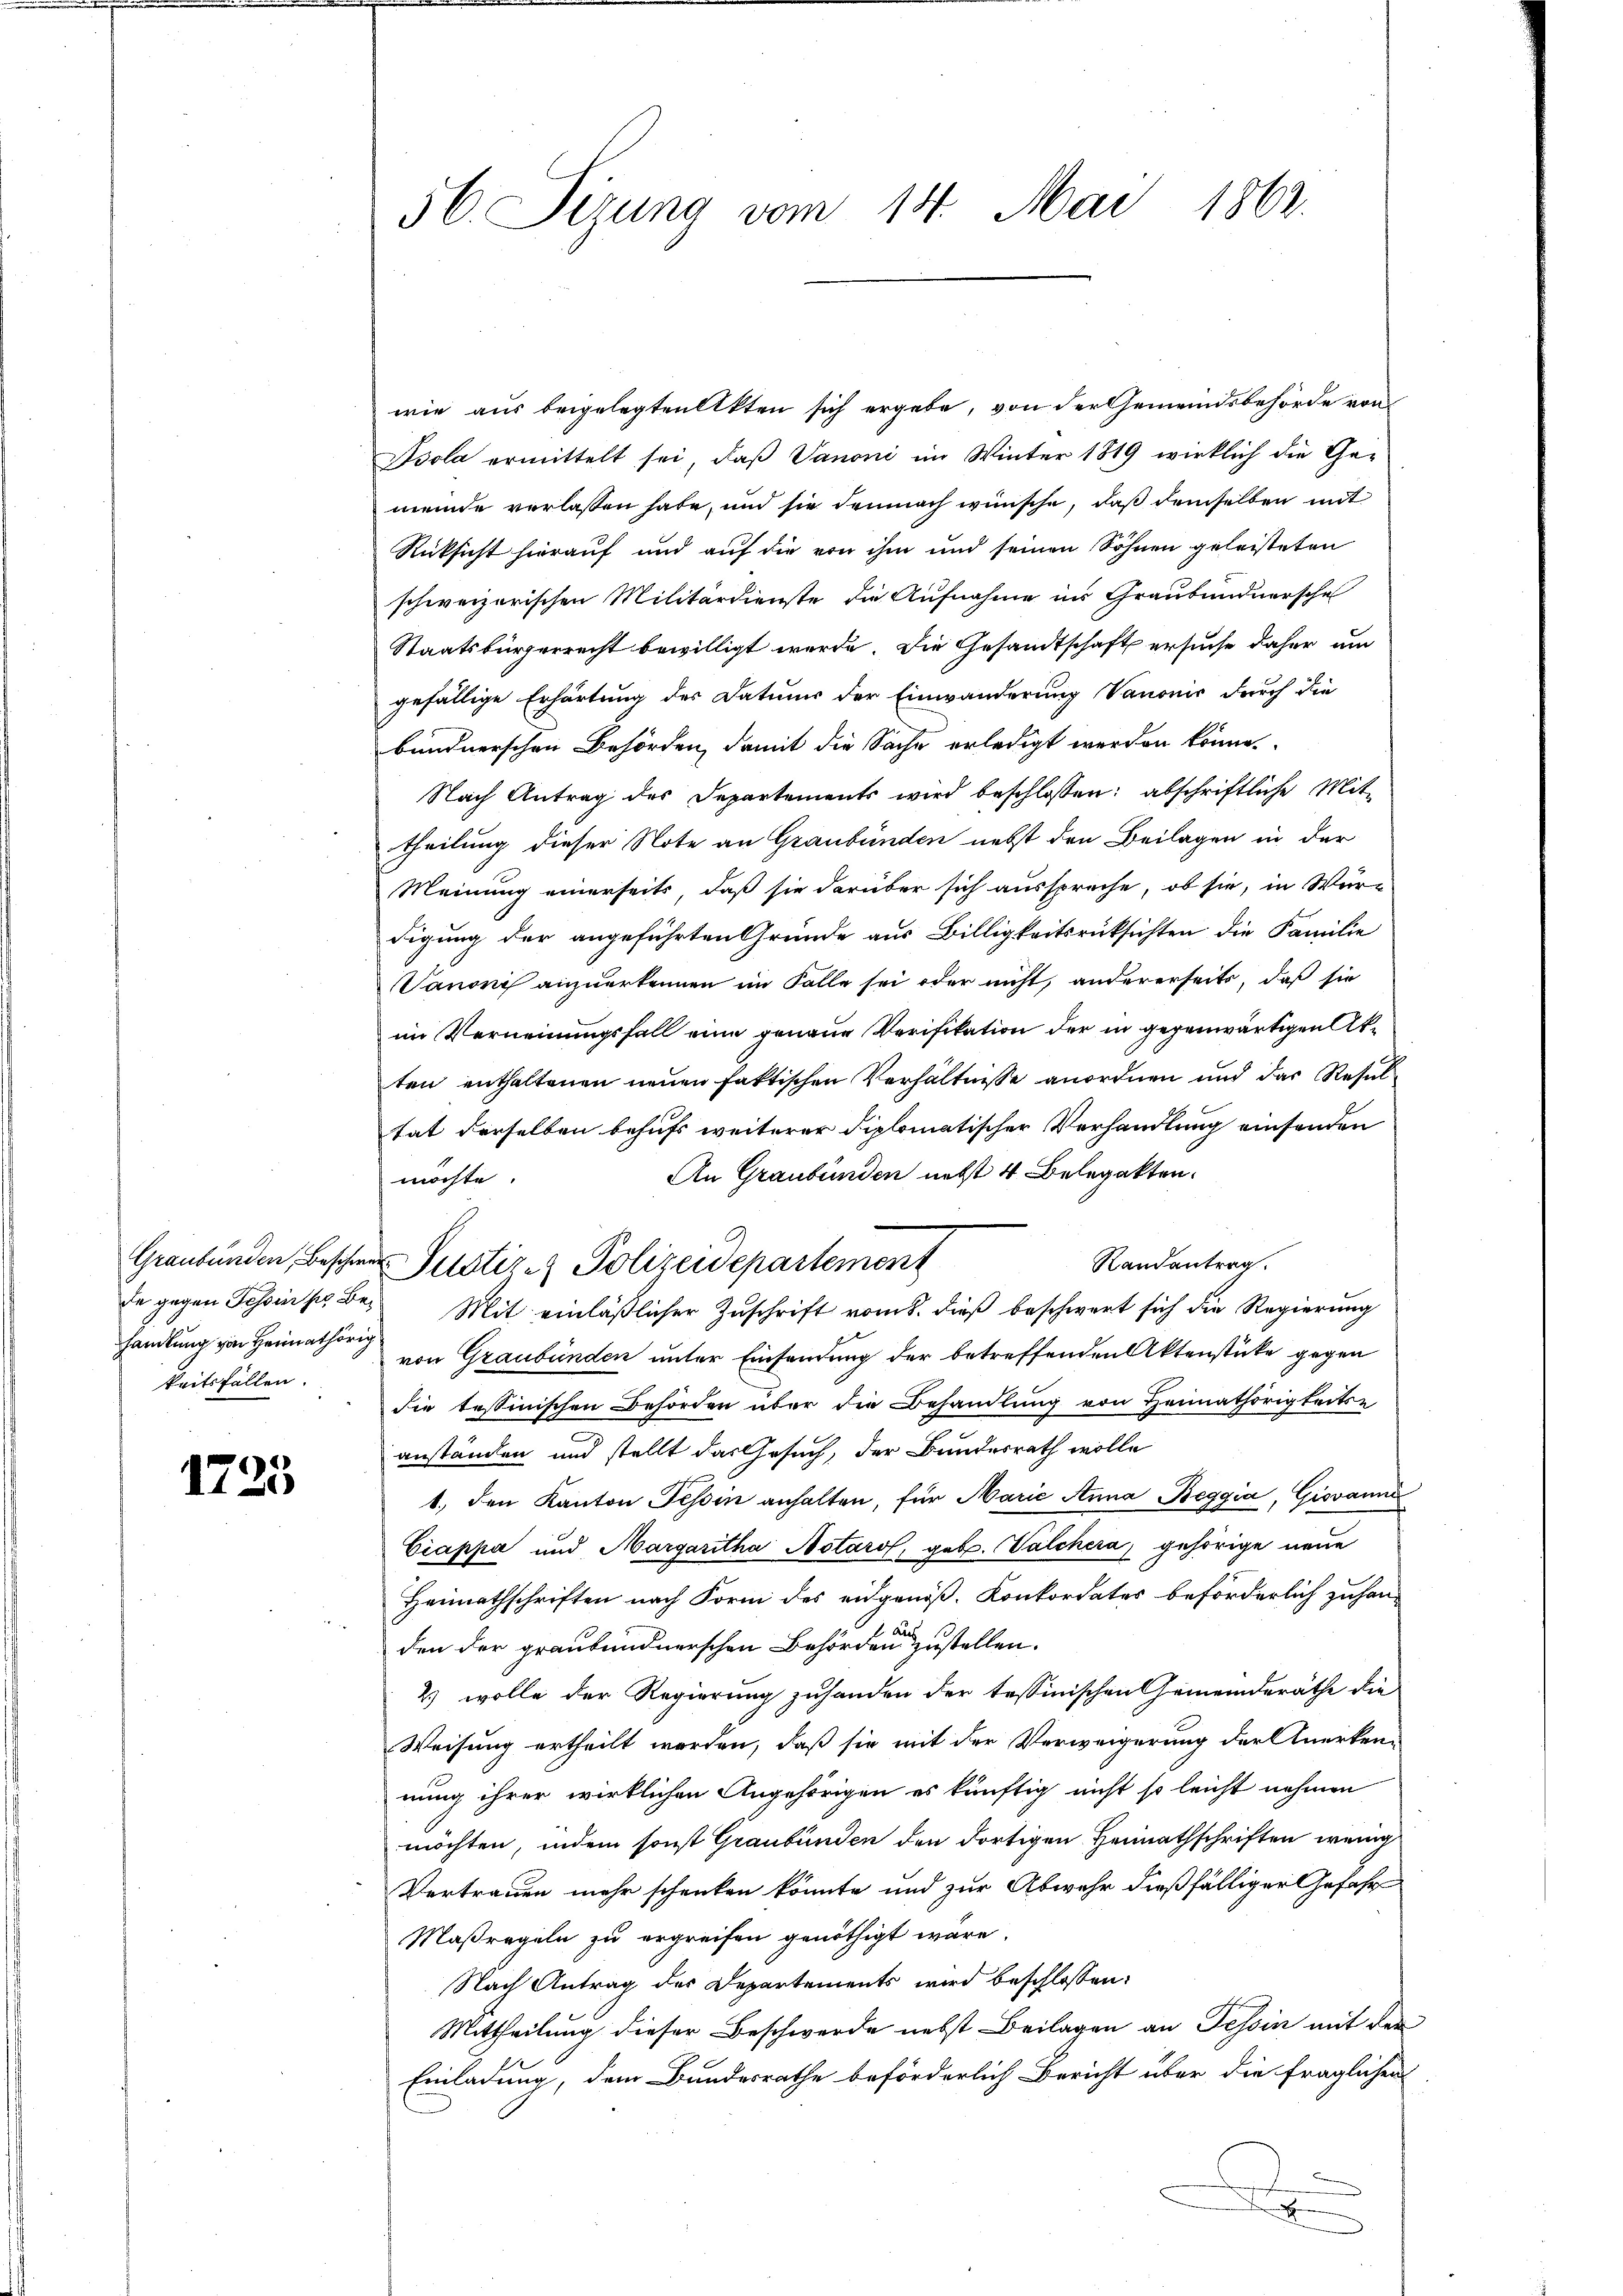
handlung von Heimathörig
keitsfällen.

1725

56. Sizung vom 14. Mai 1862.

wie aus beigelegten Akten sich ergebe, von der Gemeindsbehörde von
Psola ermittelt sei, daß Vanoni im Winter 1819 wirklich die Ge-
mende verlassen habe, und sie demnach wünsche, daß demselben mit
Rücksicht hierauf und auf die von ihm und seinen Söhnen geleisteten
schweizerischen Militärdienste die Aufnahme ins Graubündnersche
Staatsbürgerrecht bewilligt werde. Die Gesandtschaft ersuche daher um
gefällige Erhärtung des Datums der Einwanderung Vanonis durch die
bundnerschen Behörden, damit die Sache erledigt werden könne.
Nach Antrag des Departements wird beschlossen: abschriftliche Mit-
theilung dieser Note an Graubünden nebst den Beilagen in der
Meinung einerseits, daß sie darüber sich ausspreche, ob sie, in Wür-
digung der angeführten Gründe aus Billigkeitsrücksichten die Familie
Vanonis anzuerkennen im Falle sei oder nicht, andererseits, daß sie
im Verneinungsfall eine genaue Verifikation der in gegenwärtigen Atten enthaltenen neuen faktischen Verhältnisse anordnen und das Resul
tat derselben behufs weiterer diplomatischer Verhandlung einsenden
An Graubünden nebst 4 Belegatten.
möchte.
Randantrag.
de gegen Tessins Bei Mit einläßlicher Zuschrift vom 8. dieß beschwert sich die Regierung
von Graubünden unter Einsendung der betreffenden Aktenstücke gegen
die tessinischen Behörden über die Behandlung von Heimathörigkeits-
anständen und stellt das Gesuch, der Bundesrath wolle
1. den Kanton Tessin anhalten, für Marie Anna Beggia, Giovanne
Ciappa und Margaritha Notaro, geb. Valchera, gehörige neue
Heimathschriften nach Form des eidgenöß. Konkordates beförderlich zuhanden der graubündnerschen Behörden zustellen.
2) wolle der Regierung zuhanden der tessinischen Gemeinderäthe die
Weisung ertheilt worden, daß sie mit der Verweigerung der Anerken-
nung ihrer wirklichen Angehörigen es künftig nicht so leicht nehmen
möchten, indem sonst Graubünden den dortigen Heimathschriften wenig
Vertrauen mehr schenken könnte und zur Abwehr dießfälliger Gefahr
Maßregeln zu ergreifen genöthigt wäre.
Nach Antrag des Departements wird beschlossen:
Mittheilung dieser Beschwerde nebst Beilagen an Tessin mit der
Einladung, dem Bundesrathe beförderlich Bericht über die fraglichen
d

Graubünden Beschen Pustiz- & Polizeidepartement